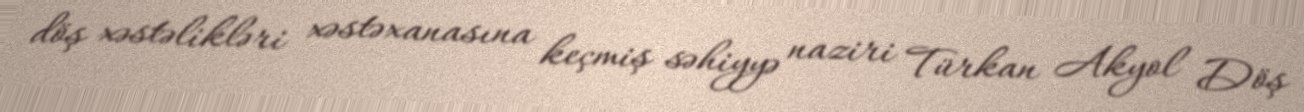
döş xəstəlikləri xəstəxanasına keçmiş səhiyyə naziri Türkan Akyol Döş